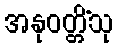
အနုဝတ္တိံသု